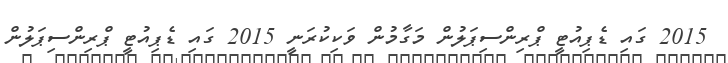
2015 ގައި ޑެޕިއުޓީ ޕްރިންސިޕަލުން މަގާމުން ވަކިކުރަނީ 2015 ގައި ޑެޕިއުޓީ ޕްރިންސިޕަލުން